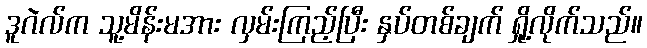
ဒူဂဲလ်က သူ့မိန်းမအား လှမ်းကြည့်ပြီး နှပ်တစ်ချက် ရှို့လိုက်သည်။